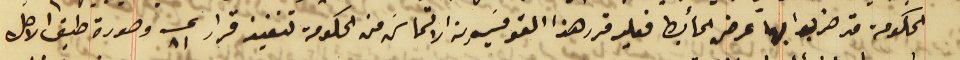
الحكومة قد ضربوا بها عرض الحائط فعليه قرر هذا القومسَيون الالتماسَ من الحكومة تنفيذ قرار عــ ٨١ وصورة طبق الاصل